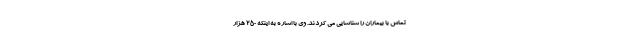
تماس با بیماران را شناسایی می کردند. وی با اشاره به اینکه ۲۵۰ هزار